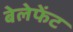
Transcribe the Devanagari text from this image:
बेलेफेंट